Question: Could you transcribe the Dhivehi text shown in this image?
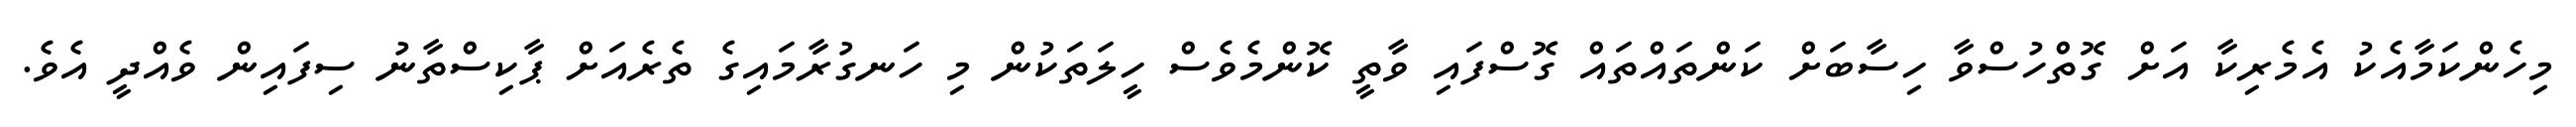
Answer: މިހެންކަމާއެކު އެމެރިކާ އަށް ގޮތްހުސްވާ ހިސާބަށް ކަންތައްތައް ގޮސްފައި ވާތީ ކޮންމެވެސް ހީލަތަކުން މި ހަނގުރާމައިގެ ތެރެއަށް ޕާކިސްތާނު ސިފައިން ވެއްދީ އެވެ.